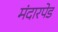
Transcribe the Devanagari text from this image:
मंदारपेड